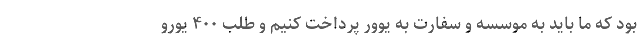
بود که ما باید به موسسه و سفارت به یوور پرداخت کنیم و طلب ۴۰۰ یورو